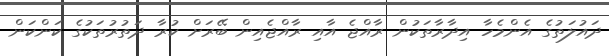
ދައުލަތުގެ އެންމެހާ އިދާރާތަކުން ރާއްޖެ އާއި ރާއްޖެއިން ބޭރަށް ކުރާ ދަތުރުތަކުގެ ކަންކަން